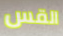
القس